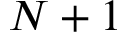
N + 1